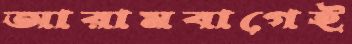
আরামবাগেই